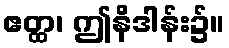
ဧတ္ထ၊ ဤနိဒါန်း၌။